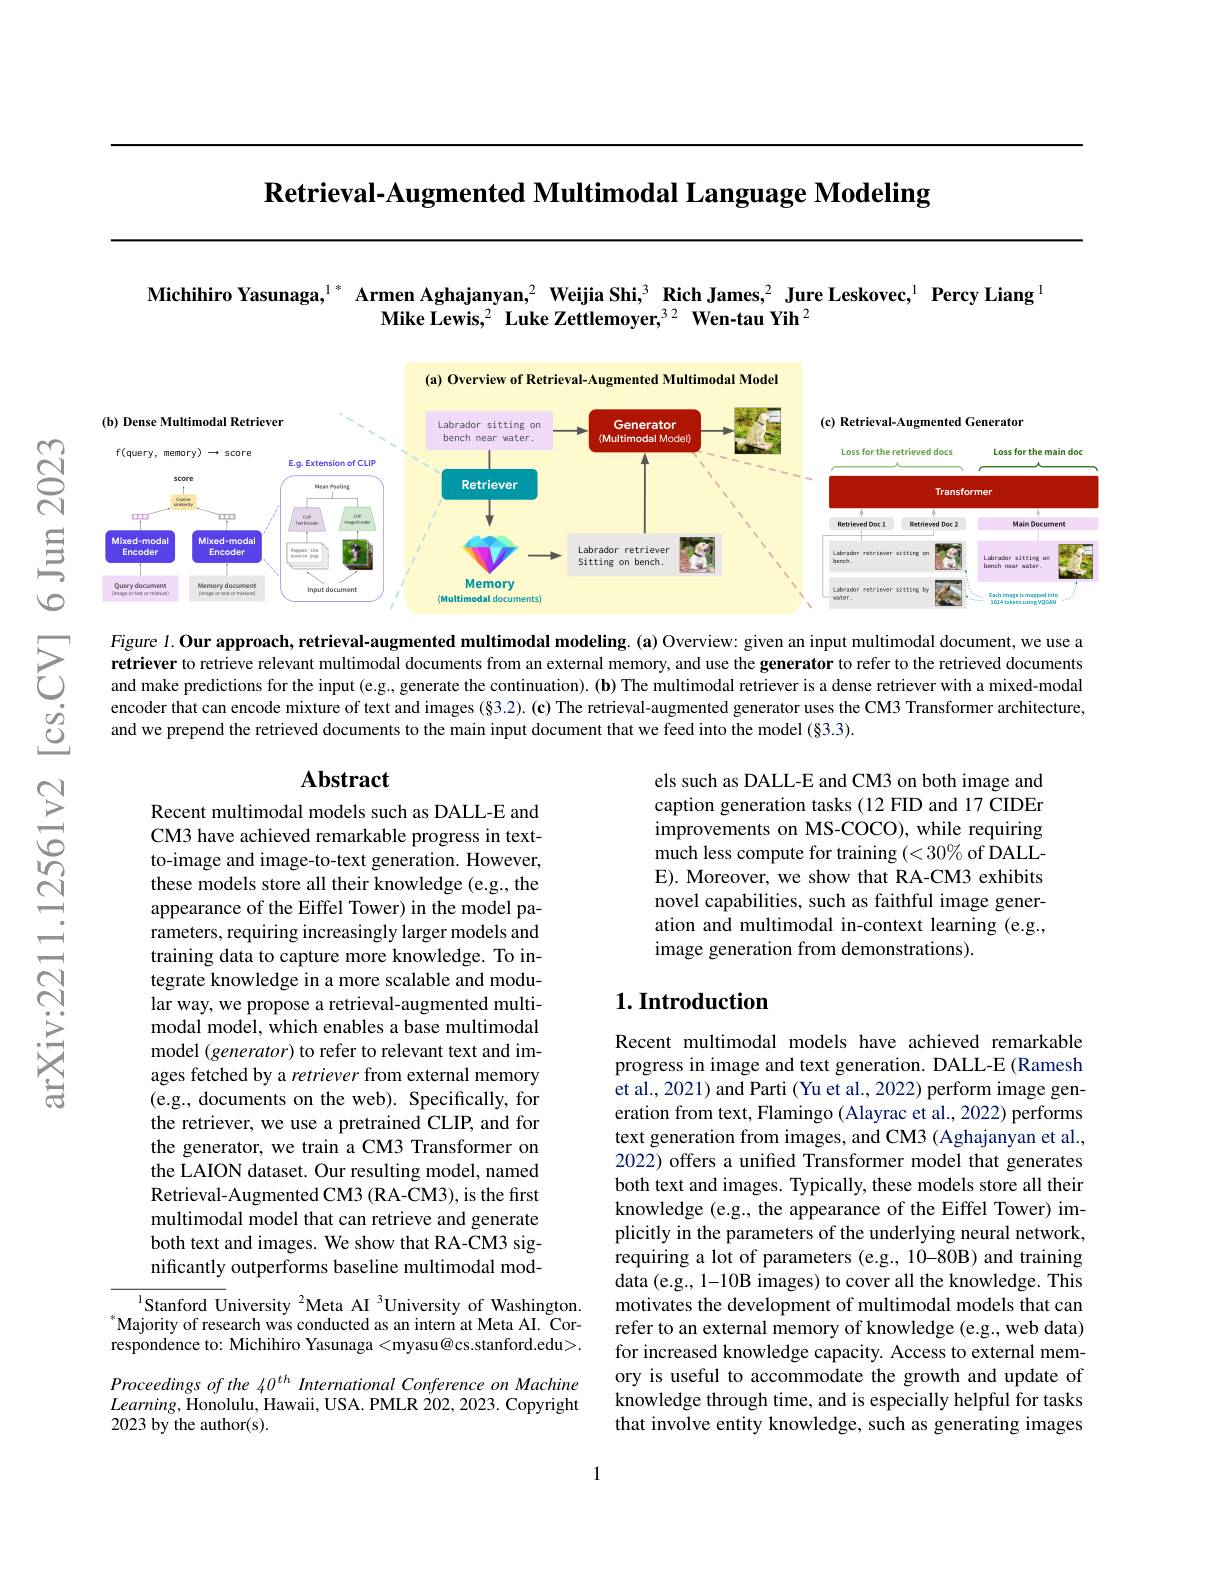
$\textbf{Retrieval- Augmented Multimodal Language Modeling}$

Michihiro Yasunaga,$^{1*}$ Armen Aghajanyan,$^2$ Weijia Shi,$^3\textbf{RichJames,}^2$ Jure Leskovec,$^1$ Percy Liang
Mike Lewis,$^2\textbf{Luke Zettlemoyer,}^{32}\textbf{Wen-tau Yih}^{2}$

<FigureHere>

$ଟ୍ରି$

$\frac{3}{6}$

Figure $l. \textbf{Our approach, retrieval- augmented multimodal modeling. ( a) Overview: given an input multimodal document, we use a}$ retriever to retrieve relevant multimodal documents from an external memory, and use the generator to refer to the retrieved documents and make predictions for the input (e.g, generate the continuation). (b) The multimodal retriever is a dense retriever with a mixed-modal
$উୃ$
encoder that can encode mixture of text and images (§3 2). (c) The retrieval-augmented generator uses the CM3 Transformer architecture,
and we prepend the retrieved documents to the main input document that we feed into the model (§3.3).

## Abstract

$ప్తి$

els such as DALL-E and CM3 on both image and caption generation tasks (12 FID and 17 CIDEr improvements on MS-COCO), while requiring much less compute for training $(<30\%$ of DALLE). Moreover, we show that RA-CM3 exhibits novel capabilities, such as faithful image generation and multimodal in-context learning (e.g., image generation from demonstrations).

$ഇ$

$ਨੁਂ$

## $1. \textbf{Introduction}$

Recent multimodal models such as DALL-E and CM3 have achieved remarkable progress in textto-image and image-to-text generation. However, these models store all their knowledge (e.g., the appearance of the Eiffel Tower) in the model parameters, requiring increasingly larger models and training data to capture more knowledge. To integrate knowledge in a more scalable and modular way, we propose a retrieval-augmented multimodal model, which enables a base multimodal model (generator) to refer to relevant text and images fetched by a retriever from external memory (e.g., documents on the web). Specifically, for the retriever, we use a pretrained CLIP, and for the generator, we train a CM3 Transformer on the LAION dataset. Our resulting model, named Retrieval-Augmented CM3 (RA-CM3), is the first multimodal model that can retrieve and generate both text and images. We show that RA-CM3 significantly outperforms baseline multimodal mod-

意

Recent multimodal models have achieved remarkable progress in image and text generation. DALL-E (Ramesh et al., 2021) and Parti ( Yu et al., 2022) perform image generation from text, Flamingo (Alayrac et al., 2022) performs text generation from images, and CM3 (Aghajanyan et al., 2022) offers a unified Transformer model that generates both text and images. Typically, these models store all their knowledge (e.g., the appearance of the Eiffel Tower) implicitly in the parameters of the underlying neural network, requiring a lot of parameters (e.g., 10-80B) and training data (e.g., 1-10B images) to cover all the knowledge. This motivates the development of multimodal models that can refer to an external memory of knowledge (e.g., web data) for increased knowledge capacity. Access to external memory is useful to accommodate the growth and update of knowledge through time, and is especially helpful for tasks that involve entity knowledge, such as generating images

$^{1}$Stanford University $^2$Meta AI$^3$University of Washington. Majority of research was conducted as an intern at Meta AI. Correspondence to: Michihiro Yasunaga <myasu@cs.stanford.edu>.

Proceedings of the 40$^{th}$ International Conference on Machine $Learning$,Honolulu, Hawaii, USA. PMLR 202, 2023. Copyright 2023 by the author(s).

1